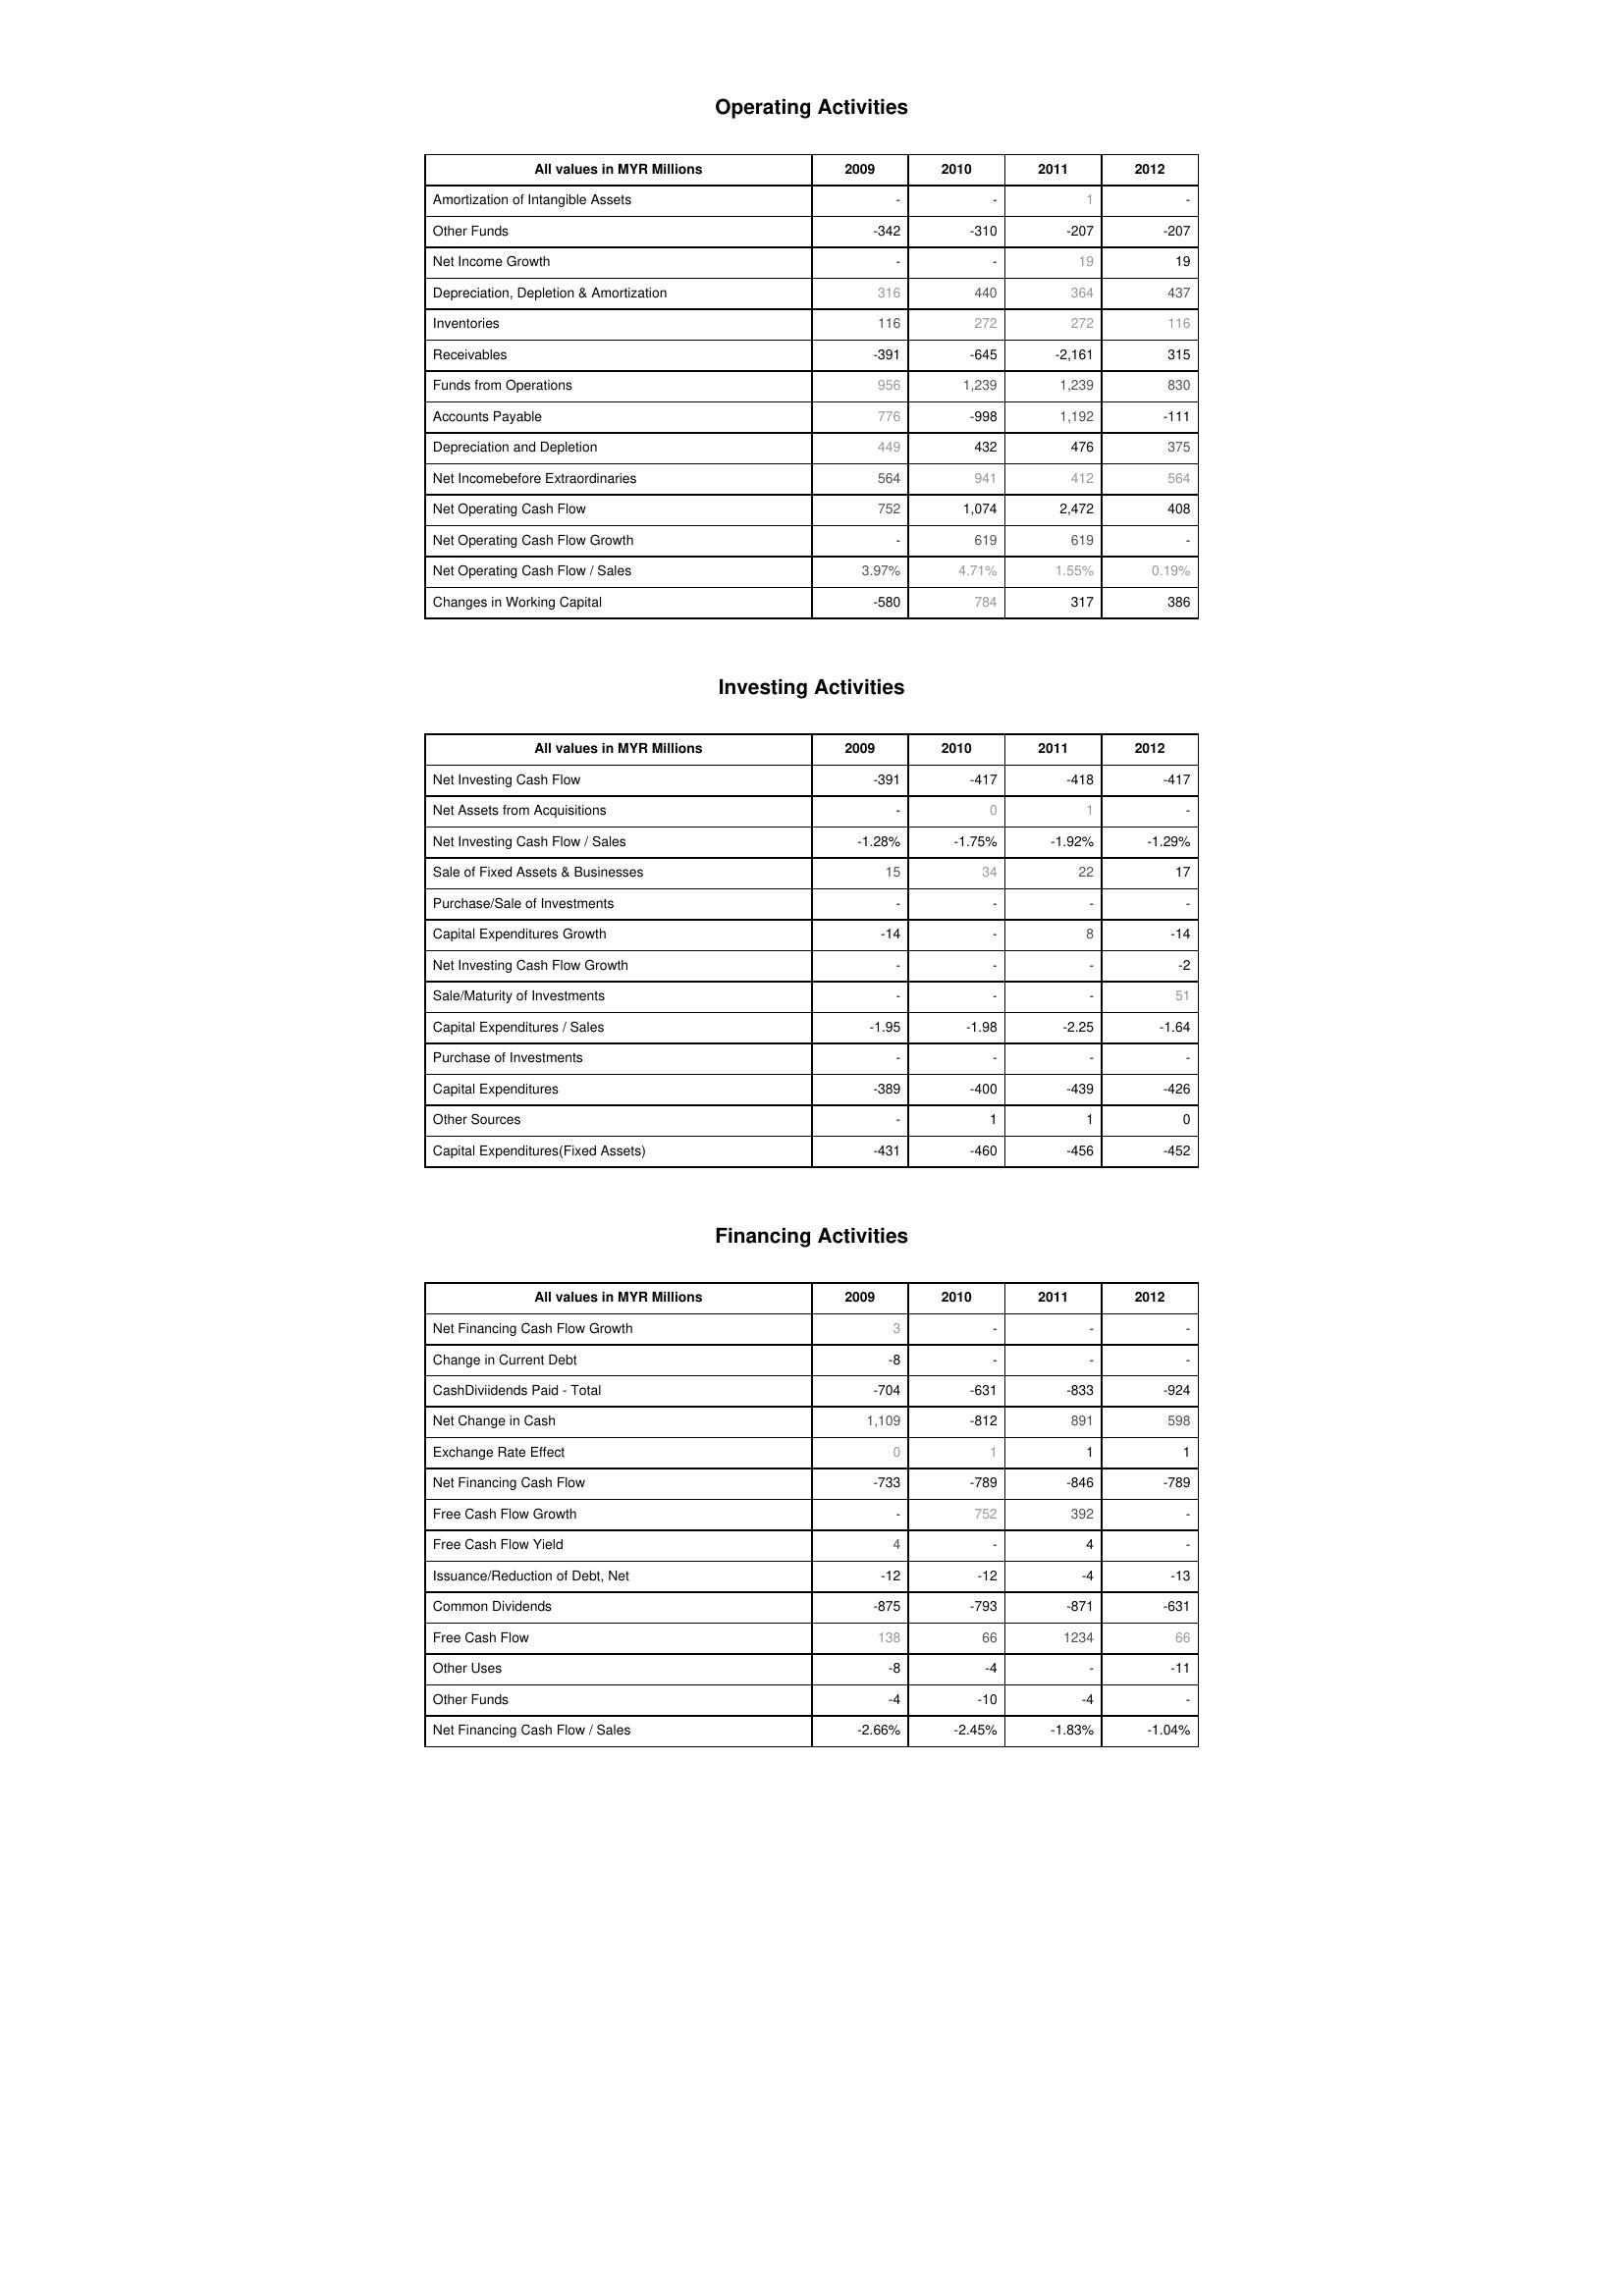
2009: Operating Activities: Amortization of Intangible Assets: -
Other Funds: -342
Net Income Growth: -
Depreciation, Depletion & Amortization: 316
Inventories: 116
Receivables: -391
Funds from Operations: 956
Accounts Payable: 776
Depreciation and Depletion: 449
Net Incomebefore Extraordinaries: 564
Net Operating Cash Flow: 752
Net Operating Cash Flow Growth: -
Net Operating Cash Flow / Sales: 3.97%
Changes in Working Capital: -580
Investing Activities: Net Investing Cash Flow: -391
Net Assets from Acquisitions: -
Net Investing Cash Flow / Sales: -1.28%
Sale of Fixed Assets & Businesses: 15
Purchase/Sale of Investments: -
Capital Expenditures Growth: -14
Net Investing Cash Flow Growth: -
Sale/Maturity of Investments: -
Capital Expenditures / Sales: -1.95
Purchase of Investments: -
Capital Expenditures: -389
Other Sources: -
Capital Expenditures(Fixed Assets): -431
Financing Activities: Net Financing Cash Flow Growth: 3
Change in Current Debt: -8
CashDiviidends Paid - Total: -704
Net Change in Cash: 1,109
Exchange Rate Effect: 0
Net Financing Cash Flow: -733
Free Cash Flow Growth: -
Free Cash Flow Yield: 4
Issuance/Reduction of Debt, Net: -12
Common Dividends: -875
Free Cash Flow: 138
Other Uses: -8
Other Funds: -4
Net Financing Cash Flow / Sales: -2.66%
2010: Operating Activities: Amortization of Intangible Assets: -
Other Funds: -310
Net Income Growth: -
Depreciation, Depletion & Amortization: 440
Inventories: 272
Receivables: -645
Funds from Operations: 1,239
Accounts Payable: -998
Depreciation and Depletion: 432
Net Incomebefore Extraordinaries: 941
Net Operating Cash Flow: 1,074
Net Operating Cash Flow Growth: 619
Net Operating Cash Flow / Sales: 4.71%
Changes in Working Capital: 784
Investing Activities: Net Investing Cash Flow: -417
Net Assets from Acquisitions: 0
Net Investing Cash Flow / Sales: -1.75%
Sale of Fixed Assets & Businesses: 34
Purchase/Sale of Investments: -
Capital Expenditures Growth: -
Net Investing Cash Flow Growth: -
Sale/Maturity of Investments: -
Capital Expenditures / Sales: -1.98
Purchase of Investments: -
Capital Expenditures: -400
Other Sources: 1
Capital Expenditures(Fixed Assets): -460
Financing Activities: Net Financing Cash Flow Growth: -
Change in Current Debt: -
CashDiviidends Paid - Total: -631
Net Change in Cash: -812
Exchange Rate Effect: 1
Net Financing Cash Flow: -789
Free Cash Flow Growth: 752
Free Cash Flow Yield: -
Issuance/Reduction of Debt, Net: -12
Common Dividends: -793
Free Cash Flow: 66
Other Uses: -4
Other Funds: -10
Net Financing Cash Flow / Sales: -2.45%
2011: Operating Activities: Amortization of Intangible Assets: 1
Other Funds: -207
Net Income Growth: 19
Depreciation, Depletion & Amortization: 364
Inventories: 272
Receivables: -2,161
Funds from Operations: 1,239
Accounts Payable: 1,192
Depreciation and Depletion: 476
Net Incomebefore Extraordinaries: 412
Net Operating Cash Flow: 2,472
Net Operating Cash Flow Growth: 619
Net Operating Cash Flow / Sales: 1.55%
Changes in Working Capital: 317
Investing Activities: Net Investing Cash Flow: -418
Net Assets from Acquisitions: 1
Net Investing Cash Flow / Sales: -1.92%
Sale of Fixed Assets & Businesses: 22
Purchase/Sale of Investments: -
Capital Expenditures Growth: 8
Net Investing Cash Flow Growth: -
Sale/Maturity of Investments: -
Capital Expenditures / Sales: -2.25
Purchase of Investments: -
Capital Expenditures: -439
Other Sources: 1
Capital Expenditures(Fixed Assets): -456
Financing Activities: Net Financing Cash Flow Growth: -
Change in Current Debt: -
CashDiviidends Paid - Total: -833
Net Change in Cash: 891
Exchange Rate Effect: 1
Net Financing Cash Flow: -846
Free Cash Flow Growth: 392
Free Cash Flow Yield: 4
Issuance/Reduction of Debt, Net: -4
Common Dividends: -871
Free Cash Flow: 1234
Other Uses: -
Other Funds: -4
Net Financing Cash Flow / Sales: -1.83%
2012: Operating Activities: Amortization of Intangible Assets: -
Other Funds: -207
Net Income Growth: 19
Depreciation, Depletion & Amortization: 437
Inventories: 116
Receivables: 315
Funds from Operations: 830
Accounts Payable: -111
Depreciation and Depletion: 375
Net Incomebefore Extraordinaries: 564
Net Operating Cash Flow: 408
Net Operating Cash Flow Growth: -
Net Operating Cash Flow / Sales: 0.19%
Changes in Working Capital: 386
Investing Activities: Net Investing Cash Flow: -417
Net Assets from Acquisitions: -
Net Investing Cash Flow / Sales: -1.29%
Sale of Fixed Assets & Businesses: 17
Purchase/Sale of Investments: -
Capital Expenditures Growth: -14
Net Investing Cash Flow Growth: -2
Sale/Maturity of Investments: 51
Capital Expenditures / Sales: -1.64
Purchase of Investments: -
Capital Expenditures: -426
Other Sources: 0
Capital Expenditures(Fixed Assets): -452
Financing Activities: Net Financing Cash Flow Growth: -
Change in Current Debt: -
CashDiviidends Paid - Total: -924
Net Change in Cash: 598
Exchange Rate Effect: 1
Net Financing Cash Flow: -789
Free Cash Flow Growth: -
Free Cash Flow Yield: -
Issuance/Reduction of Debt, Net: -13
Common Dividends: -631
Free Cash Flow: 66
Other Uses: -11
Other Funds: -
Net Financing Cash Flow / Sales: -1.04%